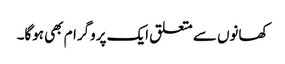
کھانوں سے متعلق ایک پروگرام بھی ہوگا۔